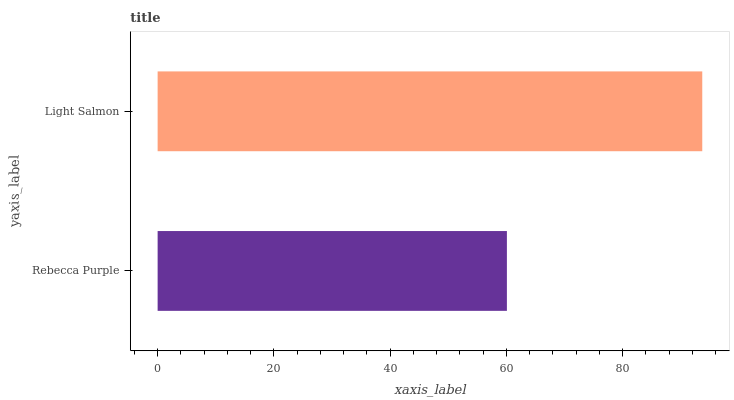
| yaxis_label | bars |
 | --- | --- |
 | Rebecca Purple | 60.1 |
 | Light Salmon | 93.7 |